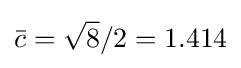
{\bar {c}}={\sqrt {8}}/2=1.414